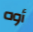
أوه